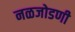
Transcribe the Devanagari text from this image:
नळजोडणी